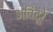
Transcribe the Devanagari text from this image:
अविदूरे